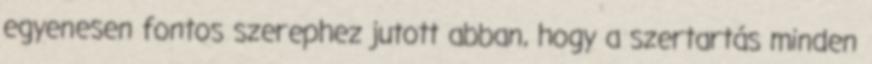
egyenesen fontos szerephez jutott abban, hogy a szertartás minden